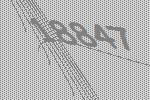
18847